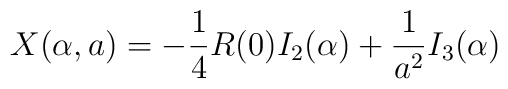
X(\alpha,a)=-\frac 14 R(0)I_{2}(\alpha)+{1 \over a^2} I_3(\alpha)